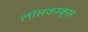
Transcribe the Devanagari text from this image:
लॉसकाक्स